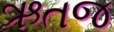
ઋતજ